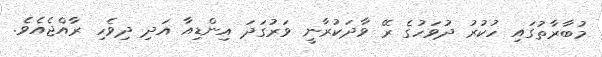
މުބާރާތުގައި ހުކުރު ދުވަހުގެ ރޭ ވާދަކުރާނީ ވަރުގަދަ އިންޑިއާ އަދި ދިވެހި ރާއްޖެއެވެ.